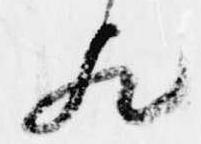
歟